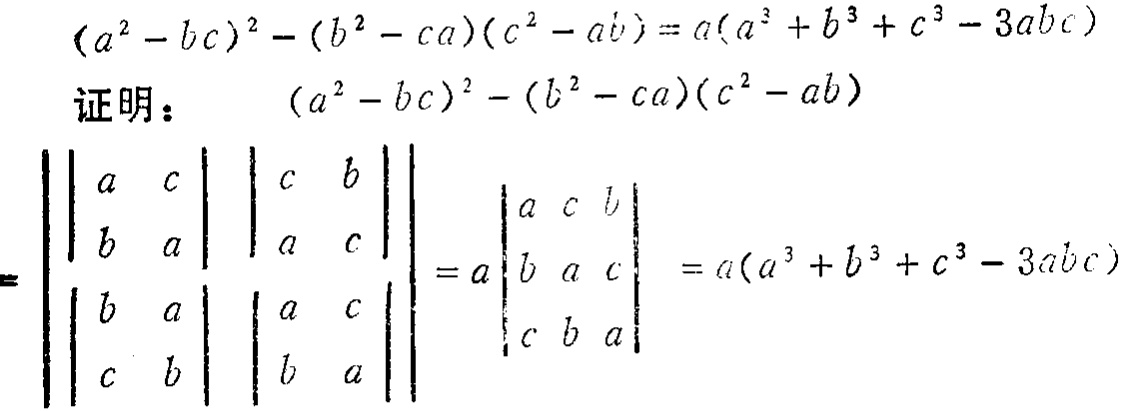
\((a^{2}-bc)^{2}-(b^{2}-ca)(c^{2}-ab)=a(a^{3}+b^{3}+c^{3}-3abc)\)

证明： \((a^{2}-bc)^{2}-(b^{2}-ca)(c^{2}-ab)\)

\[

\begin{vmatrix}

a & c \\

b & a

\end{vmatrix}

\begin{vmatrix}

c & b \\

a & c

\end{vmatrix}

\begin{vmatrix}

b & a \\

c & b

\end{vmatrix}

\begin{vmatrix}

a & c \\

b & a

\end{vmatrix}

=a\begin{vmatrix}

a & c & b \\

b & a & c \\

c & b & a

\end{vmatrix}=a(a^{3}+b^{3}+c^{3}-3abc)

\]